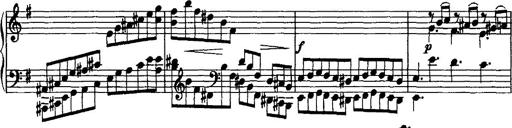
Title: Rondo di bravura
Composer: Franz Liszt